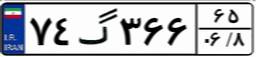
۷۴گ۳۶۶۶۵